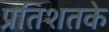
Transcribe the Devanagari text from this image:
प्रतिशतके